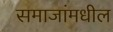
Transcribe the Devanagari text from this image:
समाजांमधील